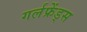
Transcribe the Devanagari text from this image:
गर्लफ्रेंड्स